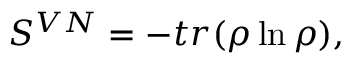
\centering S ^ { V N } = - t r ( \rho \ln \rho ) ,